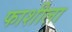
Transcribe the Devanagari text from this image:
फाशीला